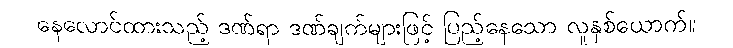
နေလောင်ထားသည့် ဒဏ်ရာ ဒဏ်ချက်များဖြင့် ပြည့်နေသော လူနှစ်ယောက်။